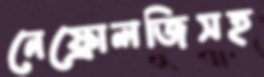
নেফ্রোলজিসহ